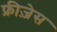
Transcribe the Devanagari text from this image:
फ्रीज़ेस